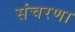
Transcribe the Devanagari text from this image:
संचरणा